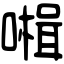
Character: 𡀞